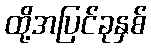
ထို့အပြင်ခုနှစ်